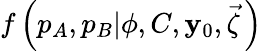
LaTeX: f\left(p_{A},p_{B}|\phi,C,\mathbf{y}_{0},\vec{{\zeta}}\, \right)